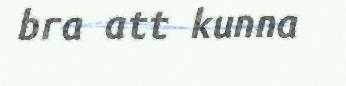
bra att kunna